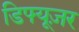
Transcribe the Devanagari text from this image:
डिफ्यूज़र